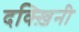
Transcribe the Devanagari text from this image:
दक्ख़िनी